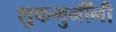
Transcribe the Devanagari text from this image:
शुकमुनींनी